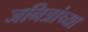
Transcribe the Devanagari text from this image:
जनित्रांच्या